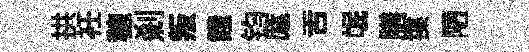
拱衽穂剎叛餓钧厖舌氓膳揲陋